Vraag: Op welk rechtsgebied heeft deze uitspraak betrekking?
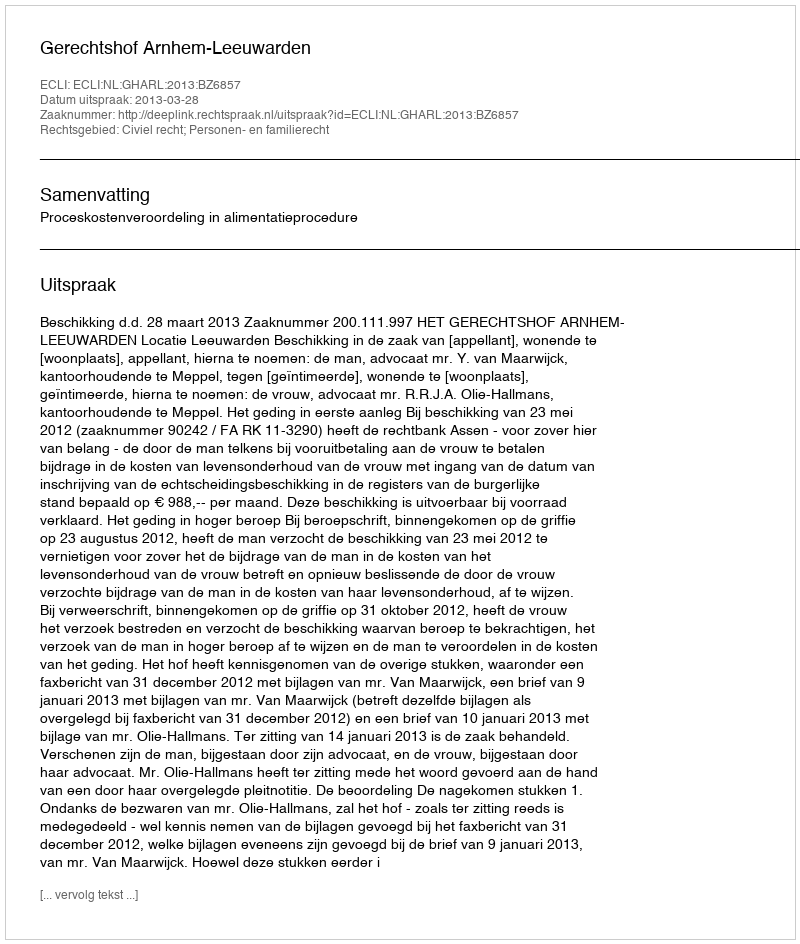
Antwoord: Civiel recht; Personen- en familierecht